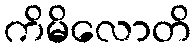
ကိမိလောတိ